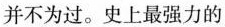
并不为过。史上最强力的